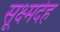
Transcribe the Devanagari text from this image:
सूक्ष्मदेह